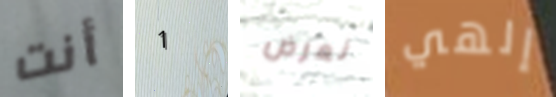
أنت 1 نعرض إلهي